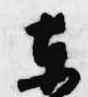
東